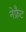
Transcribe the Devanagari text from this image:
नेफ्रैट